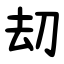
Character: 刧